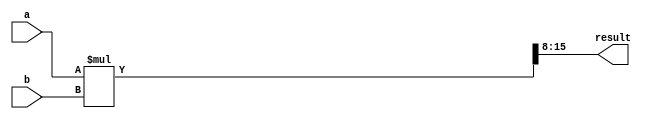
module multiplier (
    input [7:0] a,
    input [7:0] b,
    output [7:0] result
);
    reg [15:0] temp_result;  // Declare temp_result as an array.

    assign temp_result = a * b;  // No error.
    assign result = temp_result[15:8];
    
endmodule